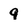
Character: g